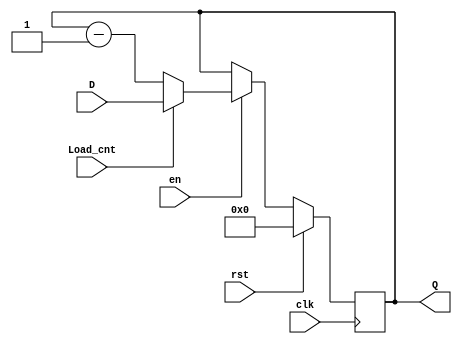
`timescale 1ns / 1ps

module CNT(
input [3:0] D,
input Load_cnt, en, clk,rst,
output reg [3:0] Q
    );
//initial begin
//     Q = 4'bzzzz;
//end
 always@ (posedge clk) begin
    if (rst) Q = 0;
    else if(en) begin
        if (Load_cnt) Q = D;
        else          Q = Q - 1;
    end
    else Q = Q;     
 end
    
endmodule